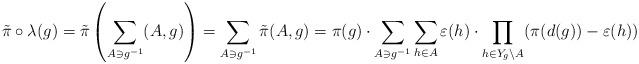
LaTeX: \begin{align*} \tilde{\pi} \circ \lambda(g) & = \tilde{\pi} \left ( \sum_{A \ni g^{-1}} (A,g) \right ) = \sum_{A \ni g^{-1}} \tilde{\pi}(A,g) = \pi(g) \cdot \sum_{A \ni g^{-1}} \sum_{h \in A} \varepsilon(h) \cdot \prod_{h \in Y_g \setminus A}(\pi(d(g)) - \varepsilon(h)) \end{align*}